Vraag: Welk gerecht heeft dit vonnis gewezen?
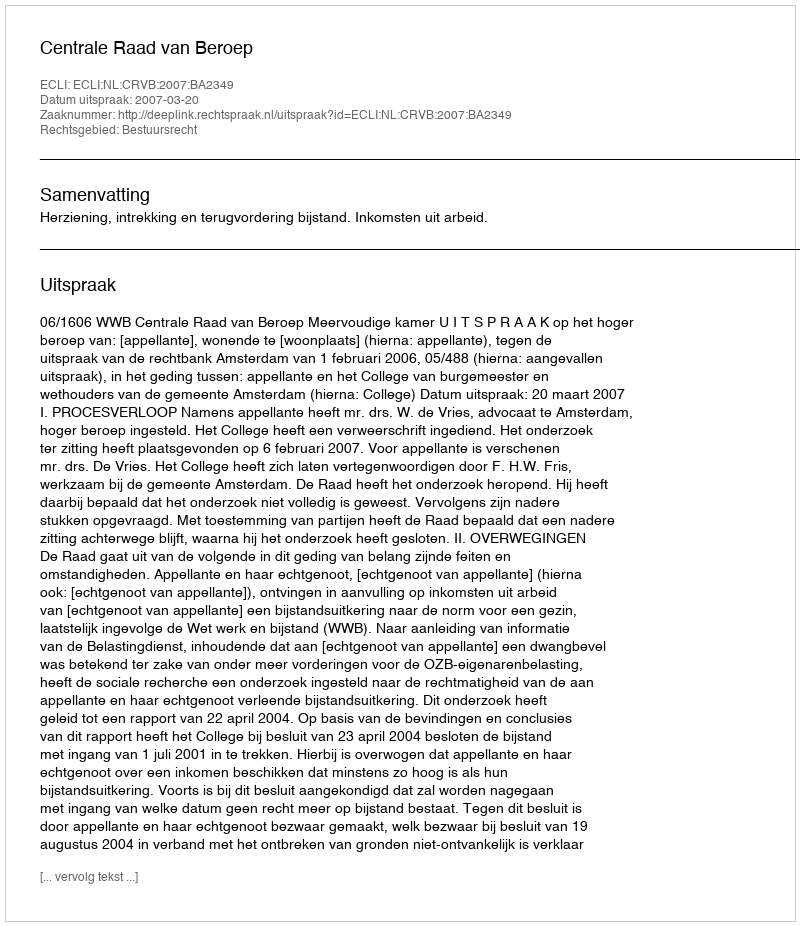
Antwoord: Centrale Raad van Beroep